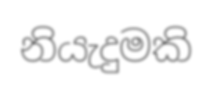
නියැදුමකි